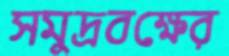
সমুদ্রবক্ষের